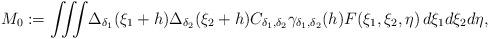
LaTeX: \begin{align*} M_0 := \iiint \! \Delta_{\delta_1}(\xi_1 + h) \Delta_{\delta_2}(\xi_2 + h) C_{\delta_1, \delta_2} \gamma_{\delta_1, \delta_2}(h) F(\xi_1, \xi_2, \eta) \, d\xi_1 d\xi_2 d\eta,\end{align*}